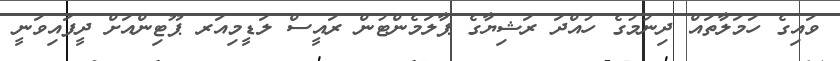
ވައިގެ ހަމަލާތައް ދިނުމުގެ ހުއްދަ ރަޝިޔާގެ ޕާލަމެންޓުން ރައީސް ލަޑީމިއަރ ޕޫޓިންއަށް ދީފައިވަނީ